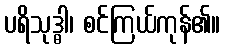
ပရိသုဒ္ဓါ၊ စင်ကြယ်ကုန်၏။